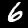
Digit: 6